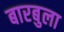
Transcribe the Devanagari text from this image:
बारबुला